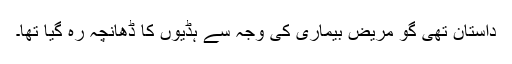
داستان تھی گو مریض بیماری کی وجہ سے ہڈیوں کا ڈھانچہ رہ گیا تھا۔